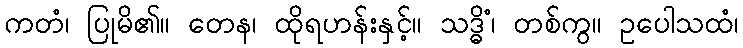
ကတံ၊ ပြုမိ၏။ တေန၊ ထိုရဟန်းနှင့်။ သဒ္ဓိံ၊ တစ်ကွ။ ဥပေါသထံ၊